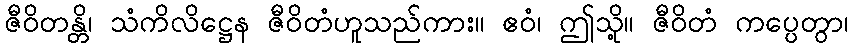
ဇီဝိတန္တိ၊ သံကိလိဋ္ဌေန ဇီဝိတံဟူသည်ကား။ ဧဝံ၊ ဤသို့။ ဇီဝိတံ ကပ္ပေတွာ၊